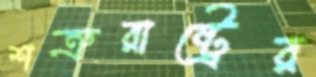
শত্রুরাষ্ট্রের